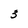
Character: 3